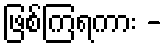
ဖြစ်ကြရကား -